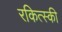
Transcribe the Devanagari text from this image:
रकित्स्की